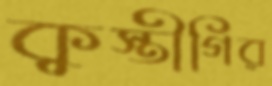
কুস্তীগির